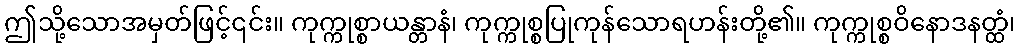
ဤသို့သောအမှတ်ဖြင့်၎င်း။ ကုက္ကုစ္စာယန္တာနံ၊ ကုက္ကုစ္စပြုကုန်သောရဟန်းတို့၏။ ကုက္ကုစ္စဝိနောဒနတ္ထံ၊